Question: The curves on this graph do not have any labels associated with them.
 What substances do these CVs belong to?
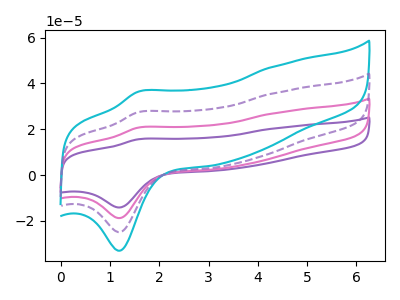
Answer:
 <answer>The purple curve does not have a label. The pink curve does not have a label. The cyan curve does not have a label. The purple dashed curve does not have a label.</answer>
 <eval></eval>